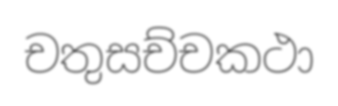
චතුසච්චකථා